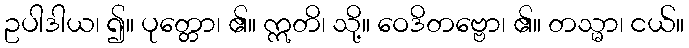
ဥပါဒါယ၊ ၍။ ပုတ္တော၊ ၏။ ဣတိ၊ သို့။ ဝေဒိတဗ္ဗော၊ ၏။ တသ္မာ၊ ငယ်။